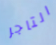
التاجر